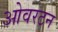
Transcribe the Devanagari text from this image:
ओवरटन